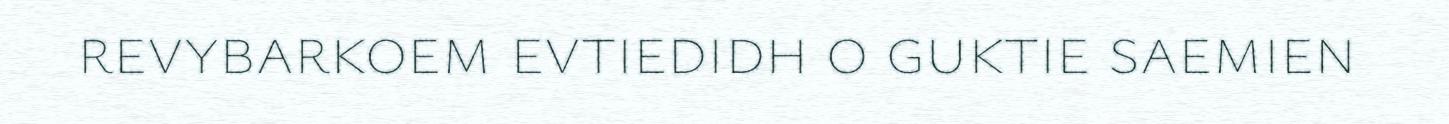
revybarkoem evtiedidh o guktie saemien